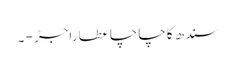
سندھ کا چاچا عطا راجڑ - ۔